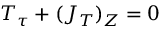
T _ { \tau } + ( J _ { T } ) _ { Z } = 0